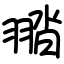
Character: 䎓